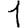
Digit: 1